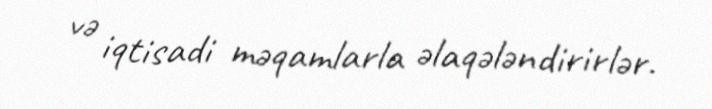
və iqtisadi məqamlarla əlaqələndirirlər.